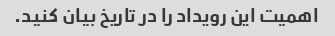
اهمیت این رویداد را در تاریخ بیان کنید.